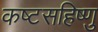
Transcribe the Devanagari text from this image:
कष्टसहिष्णु